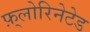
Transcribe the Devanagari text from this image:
फ़्लोरिनेटेड